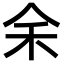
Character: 𪜱